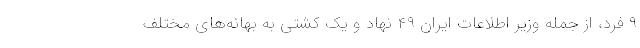
۹ فرد، از جمله وزیر اطلاعات ایران ۴۹ نهاد و یک کشتی به بهانه‌های مختلف